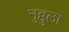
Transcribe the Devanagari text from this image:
नुव्वुला